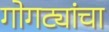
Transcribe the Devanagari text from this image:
गोगट्यांचा